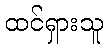
ထင်ရှားသူ